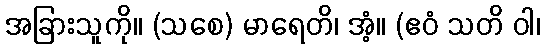
အခြားသူကို။ (သစေ) မာရေတိ၊ အံ့။ (ဧဝံ သတိ ဝါ၊